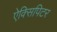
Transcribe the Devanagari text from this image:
ऐक्सिपिटर